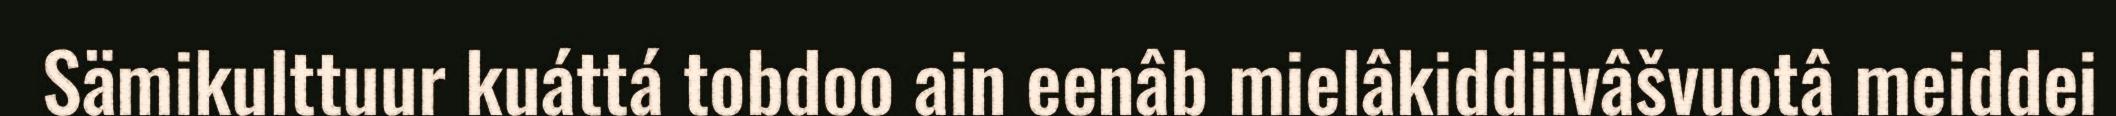
Sämikulttuur kuáttá tobdoo ain eenâb mielâkiddiivâšvuotâ meiddei